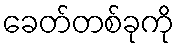
ခေတ်တစ်ခုကို